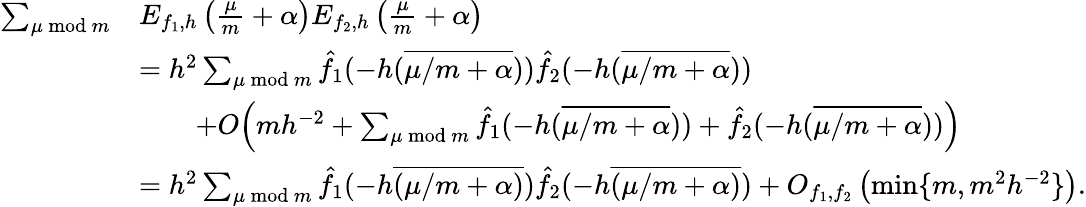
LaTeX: \begin{array}{rl}{\sum_{\substack{\mu\bmod m}}}&{E_{f_{1},h}\left(\frac{\mu}{m}+\alpha\right)E_{f_{2},h}\left(\frac{\mu}{m}+\alpha\right)}\\ &{=h^{2}\sum_{\substack{\mu\bmod m}}\hat{f_{1}}(-h(\overline{{\mu/m+\alpha}}))\hat{f_{2}}(-h(\overline{{\mu/m+\alpha}}))}\\ &{\qquad+O\Big(mh^{-2}+\sum_{\substack{\mu\bmod m}}\hat{f}_{1}(-h(\overline{{\mu/m+\alpha}}))+\hat{f}_{2}(-h(\overline{{\mu/m+\alpha}}))\Big)}\\ &{=h^{2}\sum_{\substack{\mu\bmod m}}\hat{f_{1}}(-h\overline{{(\mu/m+\alpha)}})\hat{f_{2}}(-h\overline{{(\mu/m+\alpha)}})+O_{f_{1},f_{2}}\left(\operatorname*{min}\{ m,m^{2}h^{-2}\} \right).}\end{array}